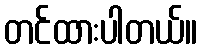
တင်ထားပါတယ်။